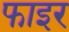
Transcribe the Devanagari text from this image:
फाइर